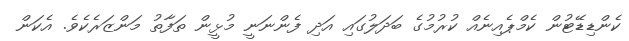
ކެންޑިޑޭޓުން ކެމްޕެއިނެއް ކުރުމުގެ ބަދަލުގައި އަދި ފެންނަނީ މުޅީން ތަފާތު މަންޒަރެކެވެ. އެކަން